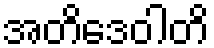
အတိဒေဝါတိ